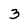
Character: 3